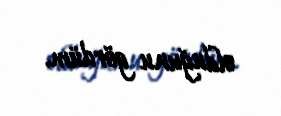
olduğunu gördüm.